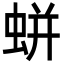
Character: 蛢